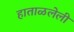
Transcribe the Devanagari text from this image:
हाताळलेली